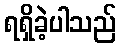
ရရှိခဲ့ပါသည်